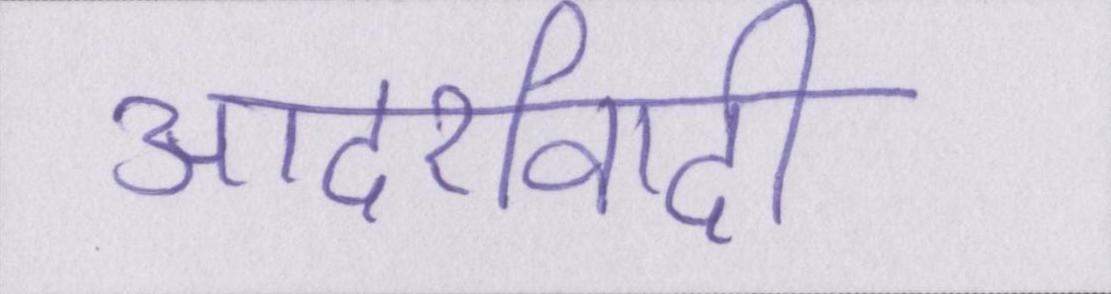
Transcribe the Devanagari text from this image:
आदर्शवादी